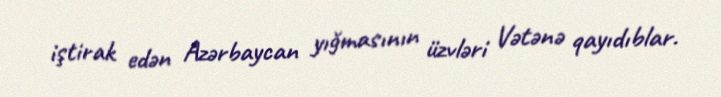
iştirak edən Azərbaycan yığmasının üzvləri Vətənə qayıdıblar.